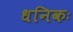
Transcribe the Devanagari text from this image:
धनिकः